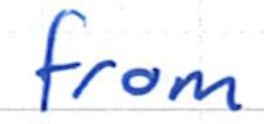
Text: from
Cross-out: clean
Writing tool: ballpoint